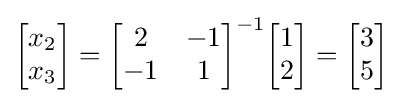
{\begin{bmatrix}x_{2}\\x_{3}\end{bmatrix}}={\begin{bmatrix}2&-1\\-1&1\end{bmatrix}}^{-1}{\begin{bmatrix}1\\2\end{bmatrix}}={\begin{bmatrix}3\\5\end{bmatrix}}